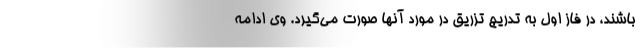
باشند، در فاز اول به تدریج تزریق در مورد آنها صورت می‌گیرد. وی ادامه